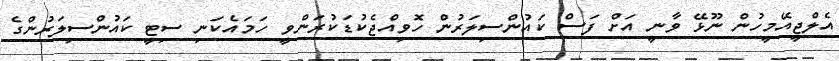
އެލްޖީއޭމީހުން ނޫޅޭ ވާނީ އަށް ފަސް ކައުންސިލަރުން ހޮވިއްޖެކުޑަކުރަންވީ ހަމައެކަނި ސިޓީ ކައުންސިލަރުންގެ